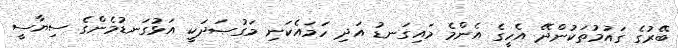
ބޭރުގެ ގައުމުތަކުންދޭ އެހީގެ އެންމެ މައިގަނޑު އަދި ހަމައެކަނި މަގުޞަދަކީ އަޅުގަނޑުމެންގެ ސިޔާސީ